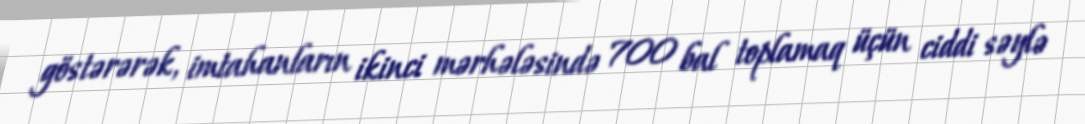
göstərərək, imtahanların ikinci mərhələsində 700 bal toplamaq üçün ciddi səylə